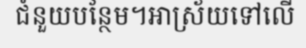
ជំនួយបន្ថែម។អាស្រ័យទៅលើ